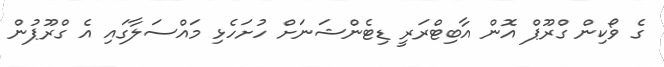
ގެ ވޯކިން ގްރޫޕް އޮން އާބިޓްރަރީ ޑިޓެންޝަނަށް ހުށަހެޅި މައްސަލާގައި އެ ގްރޫޕުން